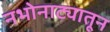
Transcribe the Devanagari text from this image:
नभोनाट्यातून